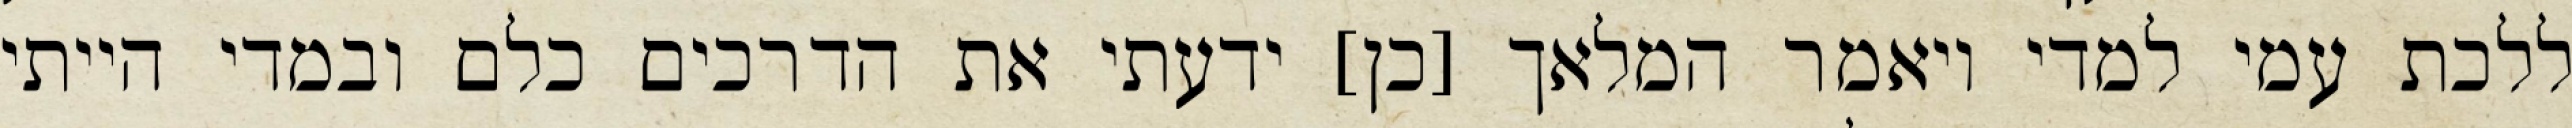
ללכת עמי למדי ויאמר המלאך [כן] ידעתי את הדרכים כלם ובמדי הייתי